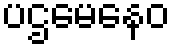
ပဌမေနေဝ